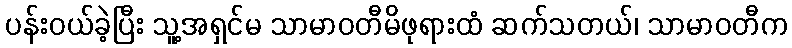
ပန်းဝယ်ခဲ့ပြီး သူ့အရှင်မ သာမာဝတီမိဖုရားထံ ဆက်သတယ်၊ သာမာဝတီက